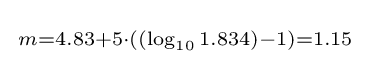
{\begin{smallmatrix}m=4.83+5\cdot ((\log _{10}1.834)-1)=1.15\end{smallmatrix}}